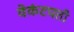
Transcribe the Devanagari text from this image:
वेकंटपती